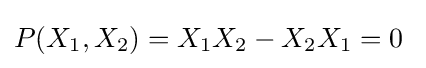
P(X_{1},X_{2})=X_{1}X_{2}-X_{2}X_{1}=0~